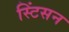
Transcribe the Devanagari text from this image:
स्टिंसन